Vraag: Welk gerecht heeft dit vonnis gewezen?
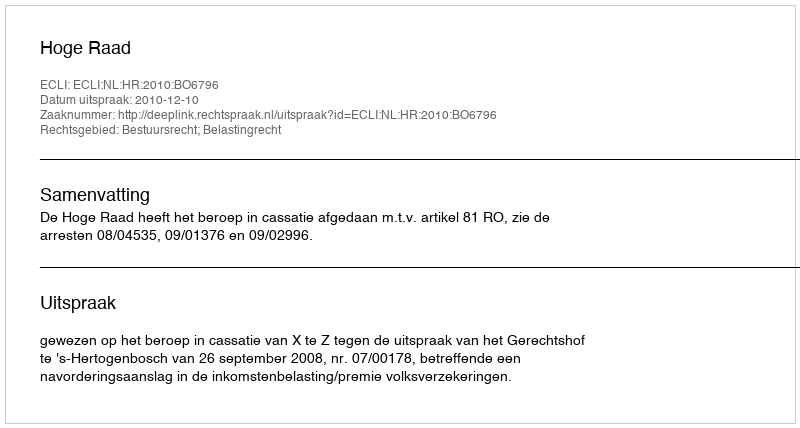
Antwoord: Hoge Raad